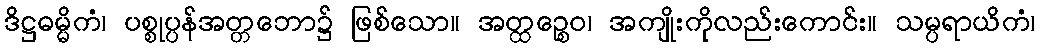
ဒိဋ္ဌဓမ္မိကံ၊ ပစ္စုပ္ပန်အတ္တဘော၌ ဖြစ်သော။ အတ္ထဉ္စေဝ၊ အကျိုးကိုလည်းကောင်း။ သမ္ပရာယိကံ၊